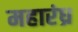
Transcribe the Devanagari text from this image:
महारंध्र